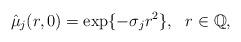
LaTeX: \begin{align*}\hat\mu_j(r, 0)=\exp\{-\sigma_jr^2\}, \ \ r\in \mathbb{Q},\end{align*}